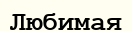
Любимая